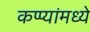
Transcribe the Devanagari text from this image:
कप्प्यांमध्ये